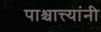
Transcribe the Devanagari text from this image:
पाश्चात्त्यांनी